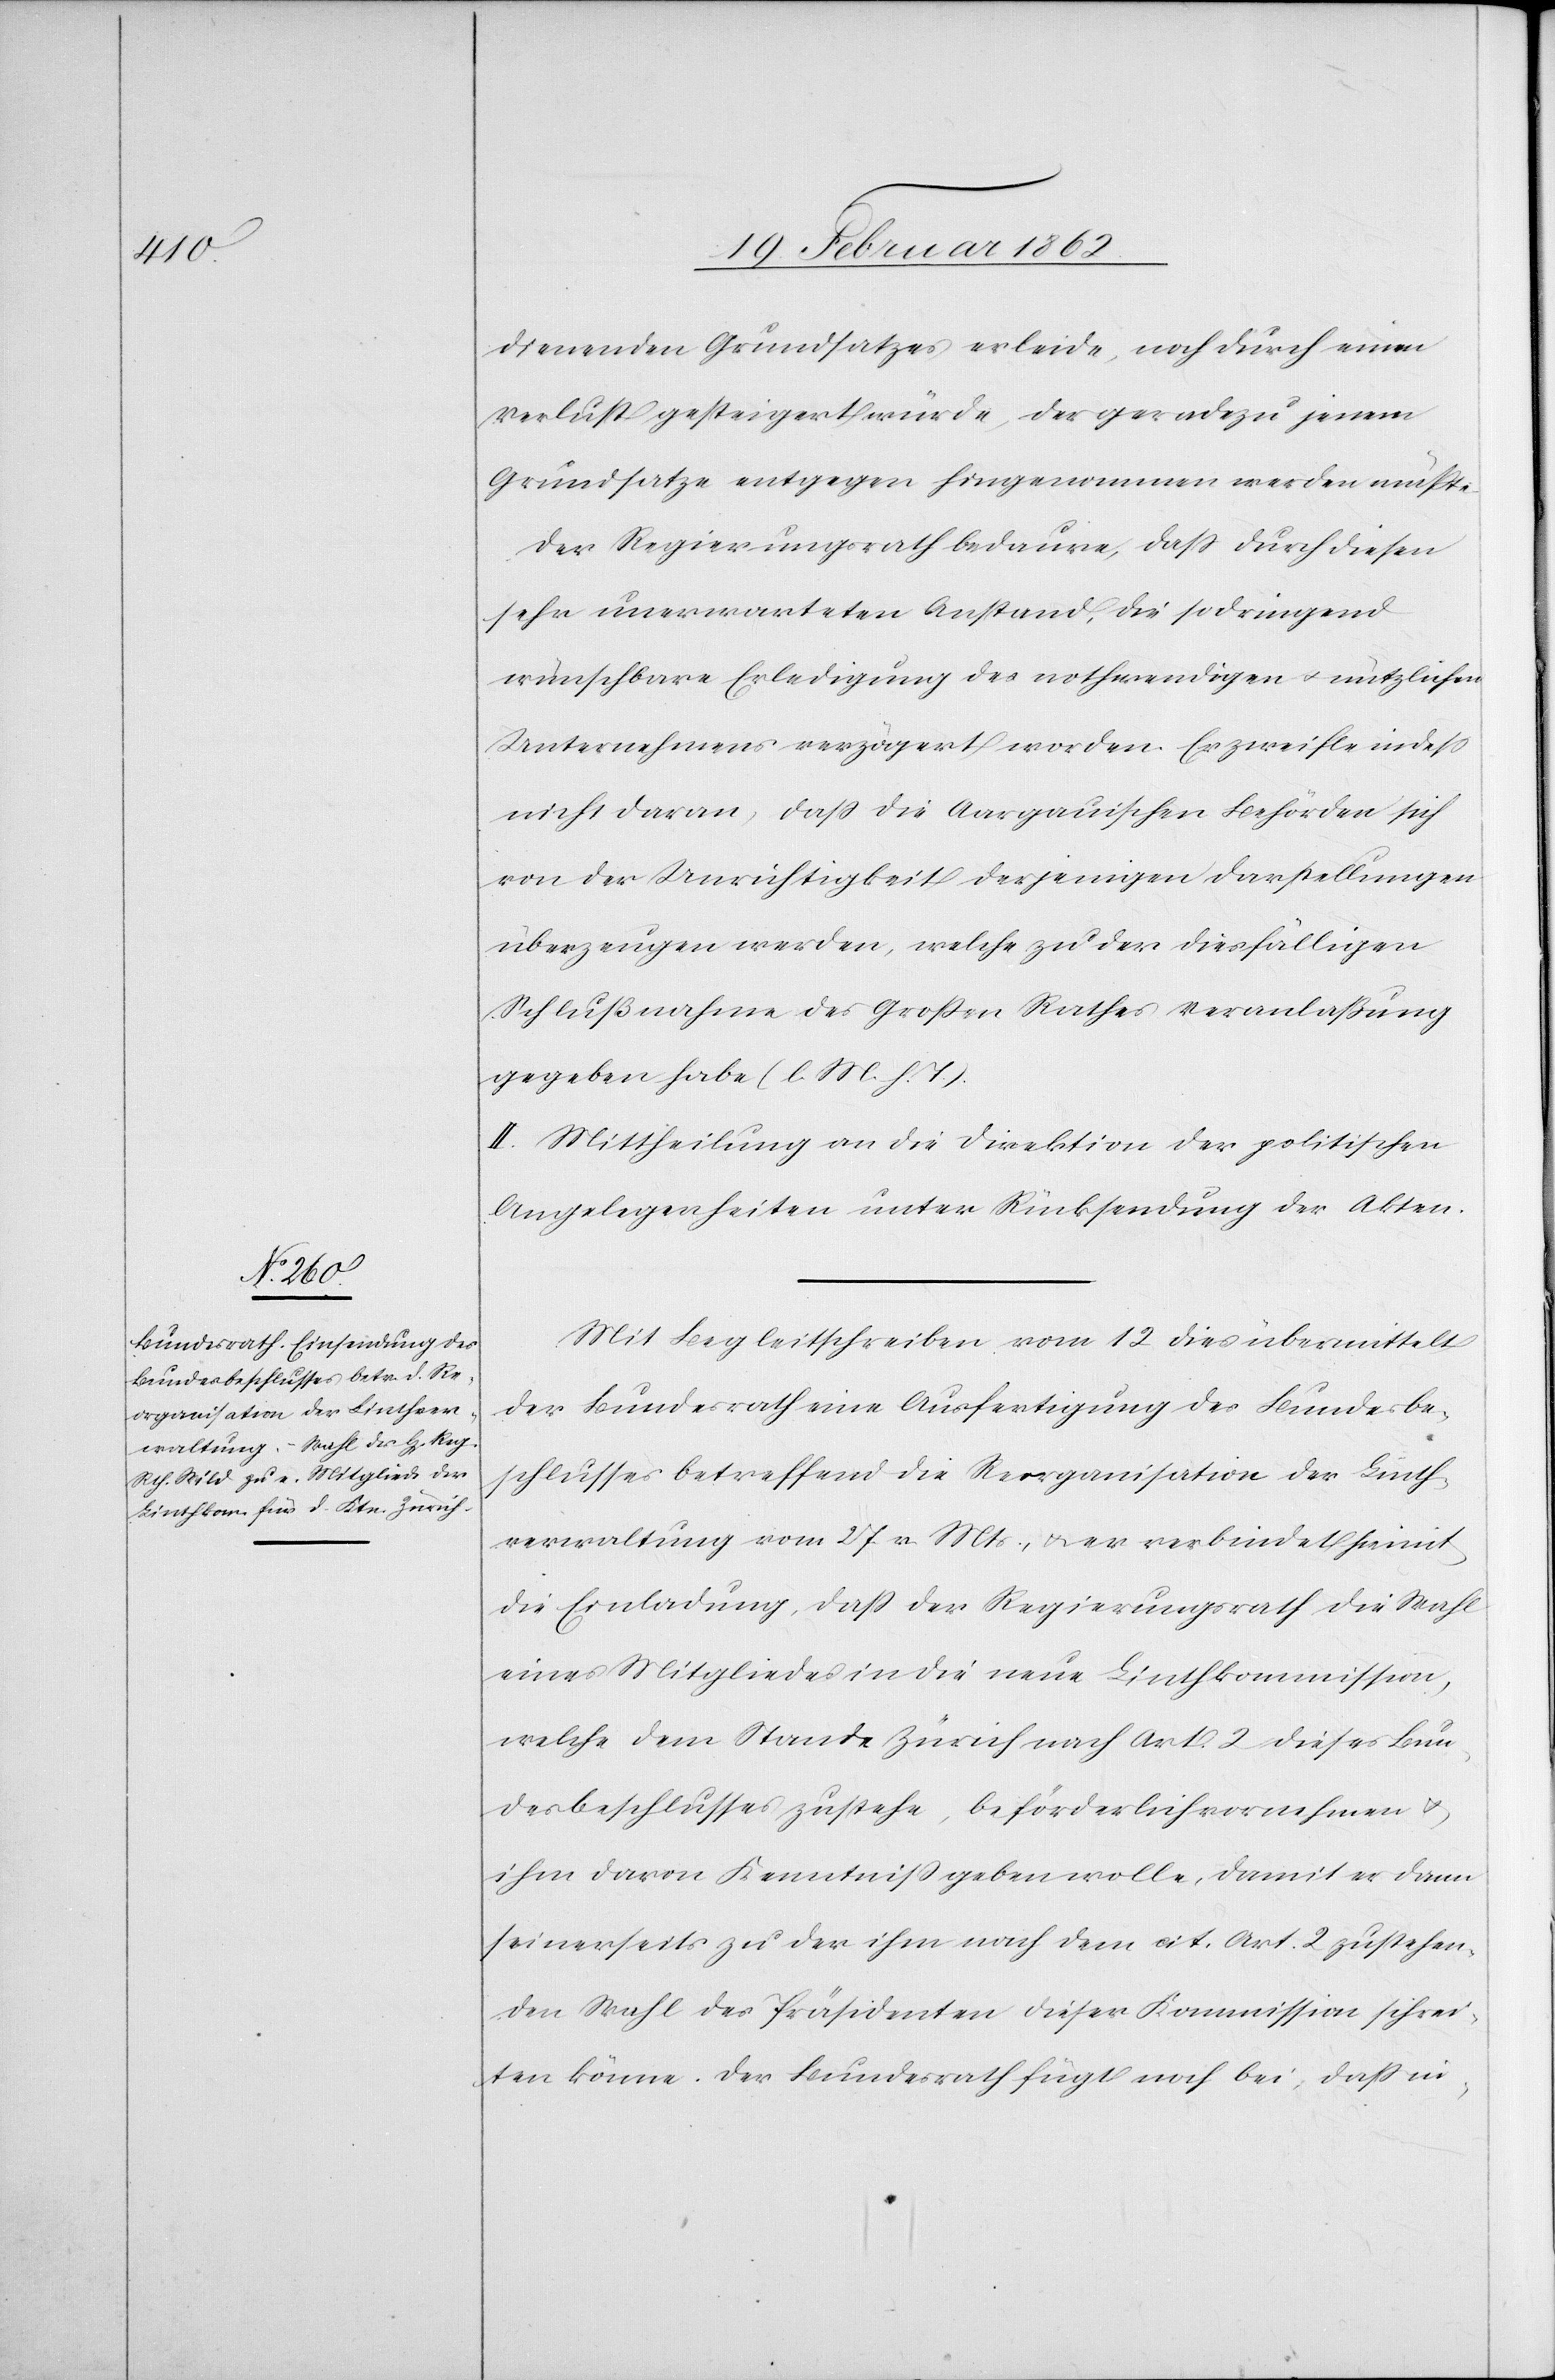
dienenden Grundsatzes erleide, noch durch einen
Verlust gesteigert würde, der geradezu jenem
Grundsatze entgegen hingenommen werden müßte.
Der Regierungsrath bedaure, daß durch diesen
sehr unerwarteten Anstand, die so dringend
wünschbare Erledigung des nothwendigen u. nützlichen
Unternehmens verzögert worden. Er zweifle indeß
nicht daran, daß die Aargauischen Behörden sich
von der Unrichtigkeit derjenigen Darstellungen
überzeugen werden, welche zu der diesfälligen
Schlußnahme des Großen Rathes Veranlaßung
gegeben habe (l. M. h. T.).
II. Mittheilung an die Direktion der politischen
Angelegenheiten unter Rücksendung der Akten.
Mit Begleitschreiben vom 12 dies übermittelt
der Bundesrath eine Ausfertigung des Bundesbe¬
schlusses betreffend die Reorganisation der Linth¬
verwaltung vom 27 v Mts., u. er verbindet hiemit
die Einladung, daß der Regierungsrath die Wahl
eines Mitgliedes in die neue Linthkommission,
welche dem Stande Zürich nach Art. 2 dieses Bun¬
desbeschlusses zustehe, beförderlich vornehmen u.
ihm davon Kenntniß geben wolle, damit er dann
seinerseits zu der ihm nach dem cit. Art. 2 zustehen¬
den Wahl des Präsidenten dieser Kommission schrei¬
ten könne. Der Bundesrath fügt noch bei, daß in-